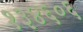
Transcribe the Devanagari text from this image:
१३४६०६